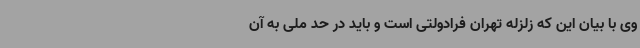
وی با بیان این که زلزله تهران فرادولتی است و باید در حد ملی به آن